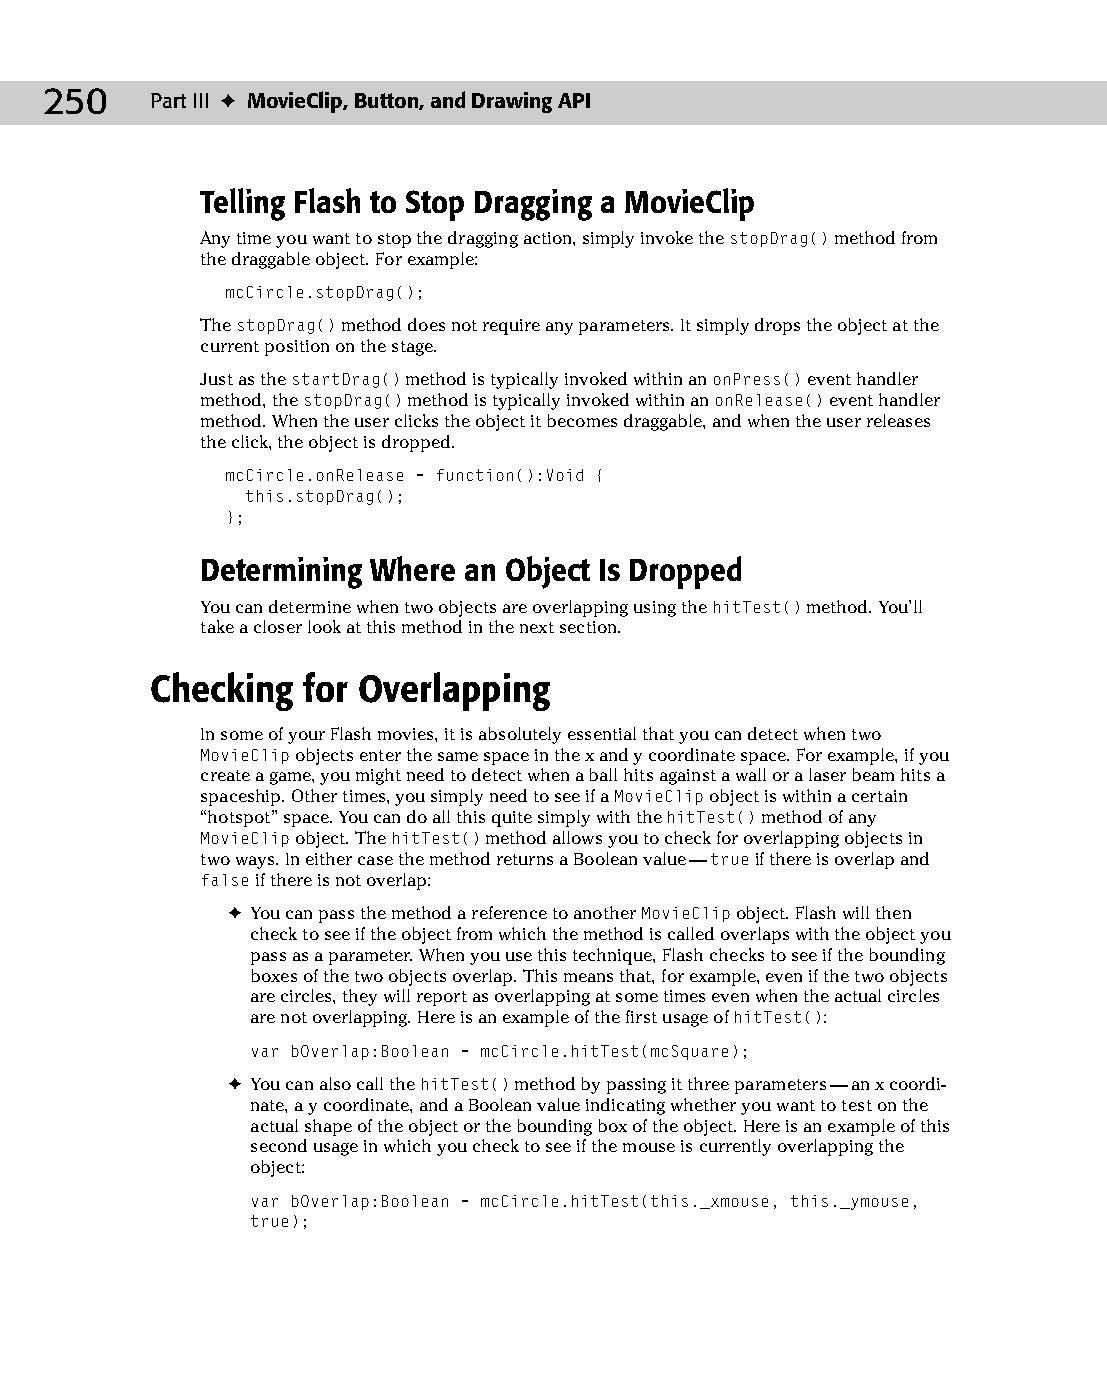
13 543547 ch09.qxd 3/24/04 3:49 PM Page 250
 250    Part III ✦ MovieClip, Button, and Drawing API
 Telling Flash to Stop Dragging a MovieClip
 Any time you want to stop the dragging action, simply invoke the stopDrag() method from
 the draggable object. For example:
 mcCircle.stopDrag();
 The stopDrag() method does not require any parameters. It simply drops the object at the
 current position on the stage.
 Just as the startDrag() method is typically invoked within an onPress() event handler
 method, the stopDrag() method is typically invoked within an onRelease() event handler
 method. When the user clicks the object it becomes draggable, and when the user releases
 the click, the object is dropped.
 mcCircle.onRelease = function():Void {
 this.stopDrag();
 };
 Determining Where an Object Is Dropped
 You can determine when two objects are overlapping using the hitTest() method. You’ll
 take a closer look at this method in the next section.
 Checking  for Overlapping
 In some of your Flash movies, it is absolutely essential that you can detect when two
 MovieClip objects enter the same space in the x and y coordinate space. For example, if you
 create a game, you might need to detect when a ball hits against a wall or a laser beam hits a
 spaceship. Other times, you simply need to see if a MovieClip object is within a certain
 “hotspot” space. You can do all this quite simply with the hitTest() method of any
 MovieClip object. The hitTest() method allows you to check for overlapping objects in
 two ways. In either case the method returns a Boolean value — true if there is overlap and
 false if there is not overlap:
 ✦ You can pass the method a reference to another MovieClip object. Flash will then
 check to see if the object from which the method is called overlaps with the object you
 pass as a parameter. When you use this technique, Flash checks to see if the bounding
 boxes of the two objects overlap. This means that, for example, even if the two objects
 are circles, they will report as overlapping at some times even when the actual circles
 are not overlapping. Here is an example of the first usage of hitTest():
 var bOverlap:Boolean = mcCircle.hitTest(mcSquare);
 ✦ You can also call the hitTest() method by passing it three parameters — an x coordi­
 nate, a y coordinate, and a Boolean value indicating whether you want to test on the
 actual shape of the object or the bounding box of the object. Here is an example of this
 second usage in which you check to see if the mouse is currently overlapping the
 object:
 var bOverlap:Boolean = mcCircle.hitTest(this._xmouse, this._ymouse,
 true);